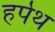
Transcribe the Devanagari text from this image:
हर्पेथ